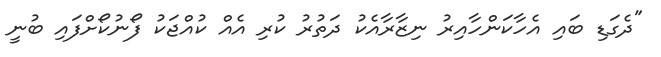
"ދެގަޑި ބައި އެހާކަންހާއިރު ނިޒާރާއެކު ދަތުރު ކުރި އެއް ކުއްޖަކު ފޯނުކޯށްފައި ބުނީ